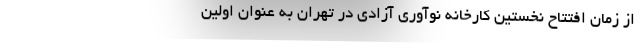
از زمان افتتاح نخستین کارخانه نوآوری آزادی در تهران به عنوان اولین